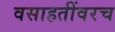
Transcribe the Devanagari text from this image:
वसाहतींवरच